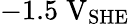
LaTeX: -1.5\; \mathrm{V}_{\mathrm{SHE}}